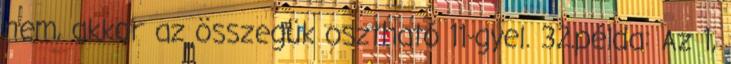
nem, akkor az összegük osztható 11-gyel. 32.példa: Az 1,